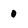
Character: 0